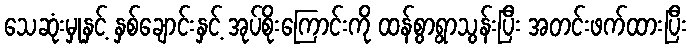
သေဆုံးမှုနှင့် နှစ်ချောင်းနှင့် အုပ်စိုးကြောင်းကို ထန်စွာရွာသွန်းပြီး အတင်းဖက်ထားပြီး